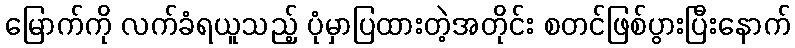
မြောက်ကို လက်ခံရယူသည့် ပုံမှာပြထားတဲ့အတိုင်း စတင်ဖြစ်ပွားပြီးနောက်